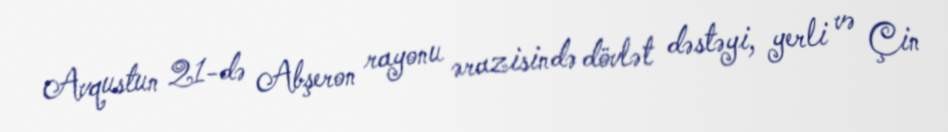
Avqustun 21-də Abşeron rayonu ərazisində dövlət dəstəyi, yerli və Çin